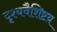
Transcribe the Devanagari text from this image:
दृश्यवैशिष्टय़